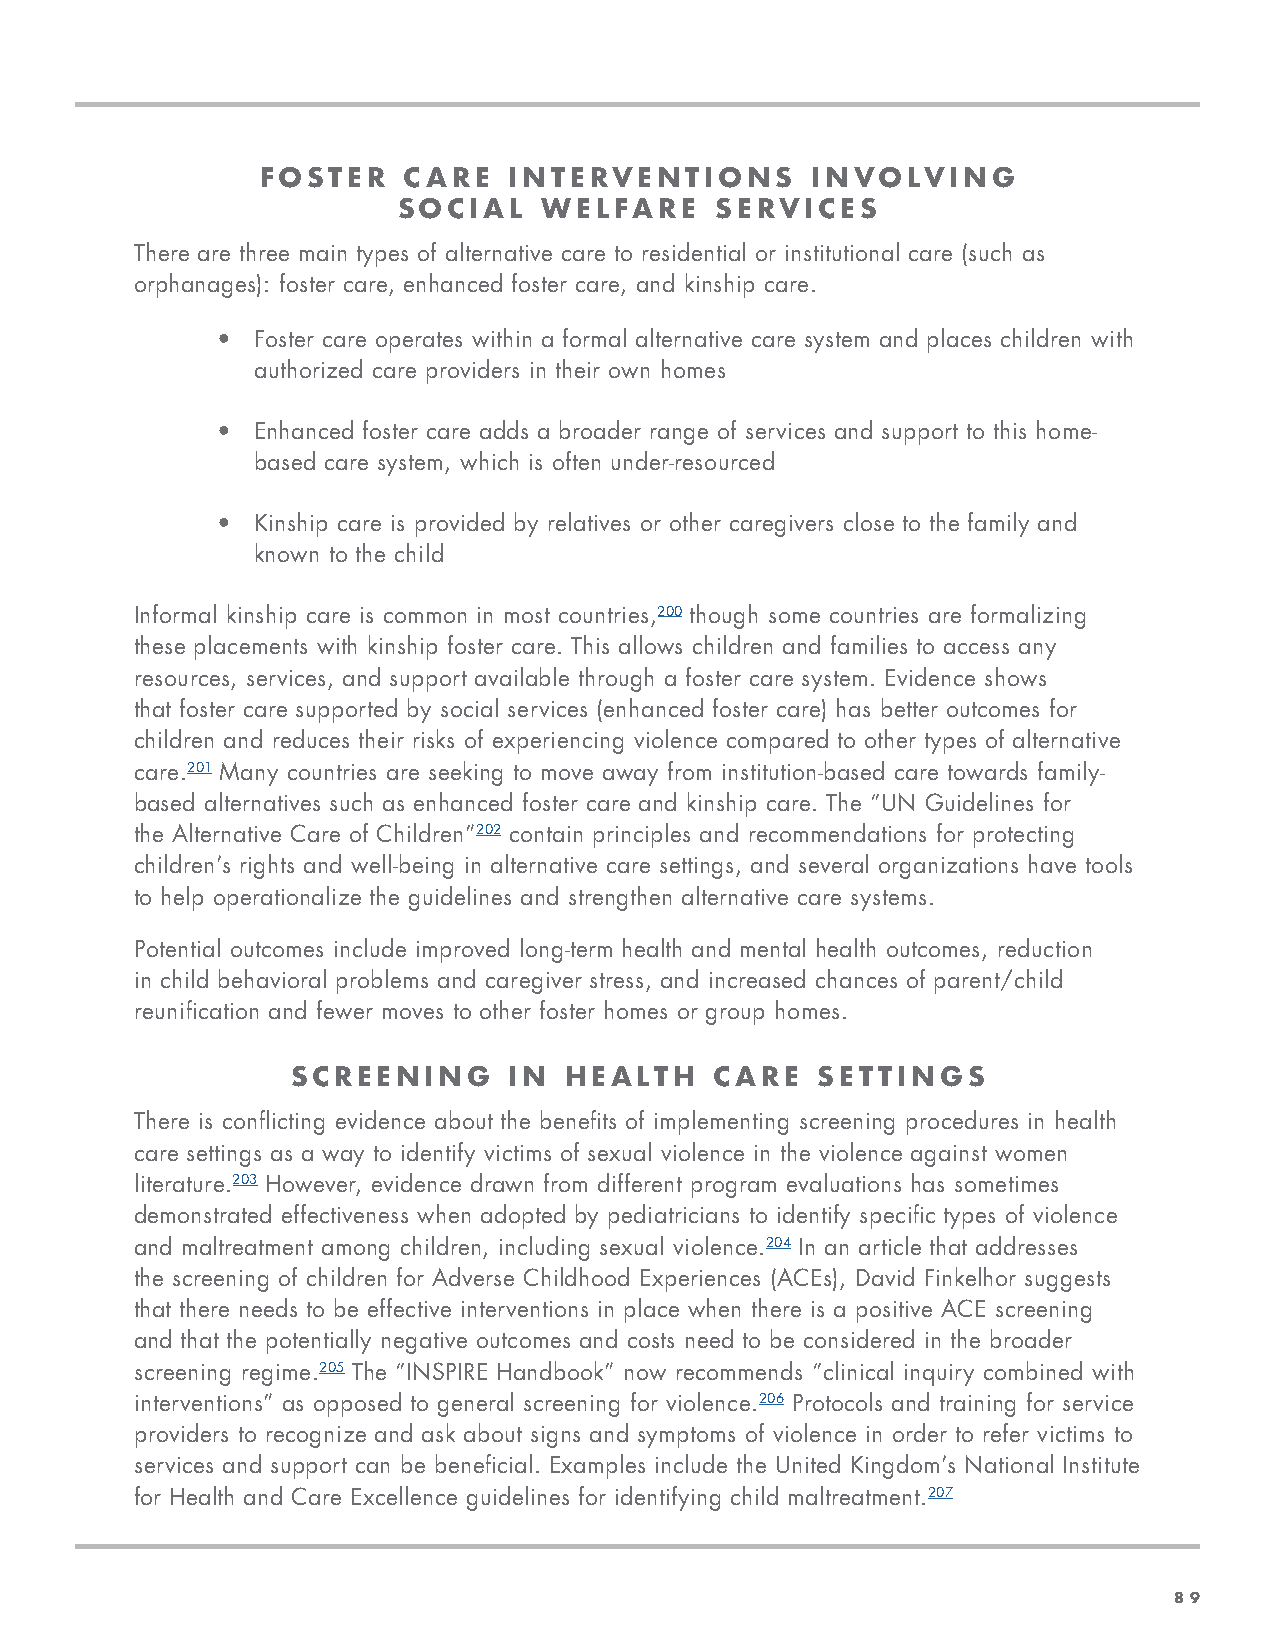
FOSTER    CARE   INTERVENTIONS       INVOLVING
 SOCIAL    WELFARE    SERVICES
 There are three main types of alternative care to residential or institutional care (such as
 orphanages): foster care, enhanced foster care, and kinship care.
 •  Foster care operates within a formal alternative care system and places children with
 authorized care providers in their own homes
 •  Enhanced foster care adds a broader range of services and support to this home-
 based care system, which is often under-resourced
 •  Kinship care is provided by relatives or other caregivers close to the family and
 known to the child
 Informal kinship care is common in most countries,200 though some countries are formalizing
 these placements with kinship foster care. This allows children and families to access any
 resources, services, and support available through a foster care system. Evidence shows
 that foster care supported by social services (enhanced foster care) has better outcomes for
 children and reduces their risks of experiencing violence compared to other types of alternative
 care.201 Many countries are seeking to move away from institution-based care towards family-
 based alternatives such as enhanced foster care and kinship care. The “UN Guidelines for
 the Alternative Care of Children”202 contain principles and recommendations for protecting
 children’s rights and well-being in alternative care settings, and several organizations have tools
 to help operationalize the guidelines and strengthen alternative care systems.
 Potential outcomes include improved long-term health and mental health outcomes, reduction
 in child behavioral problems and caregiver stress, and increased chances of parent/child
 reunification and fewer moves to other foster homes or group homes.
 SCREENING      IN HEALTH    CARE   SETTINGS
 There is conflicting evidence about the benefits of implementing screening procedures in health
 care settings as a way to identify victims of sexual violence in the violence against women
 literature.203 However, evidence drawn from different program evaluations has sometimes
 demonstrated effectiveness when adopted by pediatricians to identify specific types of violence
 and maltreatment among children, including sexual violence.204 In an article that addresses
 the screening of children for Adverse Childhood Experiences (ACEs), David Finkelhor suggests
 that there needs to be effective interventions in place when there is a positive ACE screening
 and that the potentially negative outcomes and costs need to be considered in the broader
 screening regime.205 The “INSPIRE Handbook” now recommends “clinical inquiry combined with
 interventions” as opposed to general screening for violence.206 Protocols and training for service
 providers to recognize and ask about signs and symptoms of violence in order to refer victims to
 services and support can be beneficial. Examples include the United Kingdom’s National Institute
 for Health and Care Excellence guidelines for identifying child maltreatment.207
 89